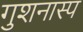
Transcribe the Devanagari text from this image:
गुशनास्प